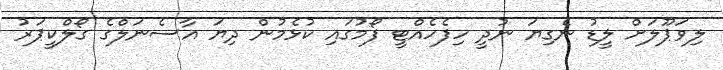
ލިވަޕޫލަށް ލީޑު ނެގިޔަ ނުދީ ހިފެހެއްޓީ ފޯމުގައި ކުޅެމުން ދިޔަ އާސެނަލްގެ ގޯލްކީޕަރު